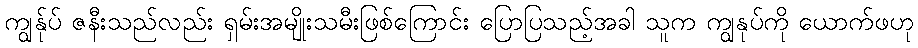
ကျွန်ုပ် ဇနီးသည်လည်း ရှမ်းအမျိုးသမီးဖြစ်ကြောင်း ပြောပြသည့်အခါ သူက ကျွနုပ်ကို ယောက်ဖဟု